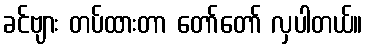
ခင်ဗျား တပ်ထားတာ တော်တော် လှပါတယ်။